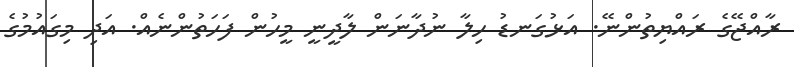
ރާއްޖޭގެ ރައްޔިތުންނޭ. އަޅުގަނޑު ހިލާ ނުދާނަން ލާދީނީ މީހުން ފަހަތުންނެއް. އަދި މިގައުމުގެ